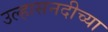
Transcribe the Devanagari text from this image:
उल्हासनदीच्या